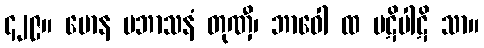
၄၂၉။ မောန မဘာသနံ တုဏှီ၊ ဘာဝေါ ထ ပဋိပါဋိ သာ။